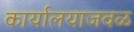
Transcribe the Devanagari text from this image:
कार्यालयाजवळ